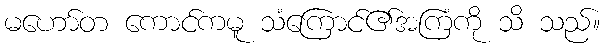
မဟော်တ ကောင်ကမူ သံကြောင်၏အကြံကို သိ သည်။